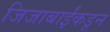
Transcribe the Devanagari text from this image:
जिजाबाईंकडून